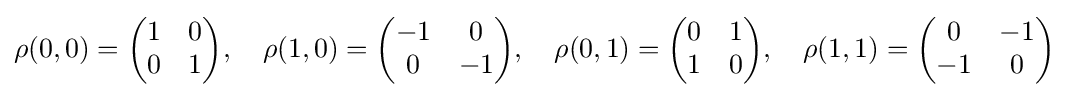
\rho ({0},{0})={\begin{pmatrix}1&0\\0&1\end{pmatrix}},\quad \rho ({1},{0})={\begin{pmatrix}-1&0\\0&-1\end{pmatrix}},\quad \rho ({0},{1})={\begin{pmatrix}0&1\\1&0\end{pmatrix}},\quad \rho ({1},{1})={\begin{pmatrix}0&-1\\-1&0\end{pmatrix}}